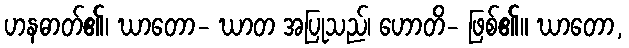
ဟနဓာတ်၏၊ ဃာတော- ဃာတ အပြုသည်၊ ဟောတိ- ဖြစ်၏။ ဃာတော,